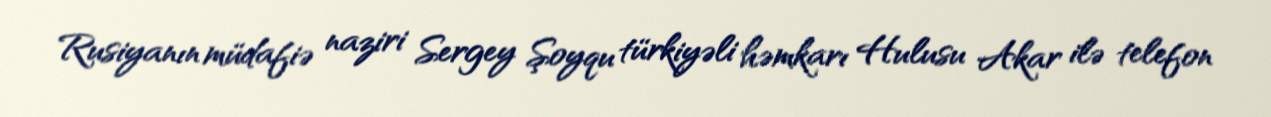
Rusiyanın müdafiə naziri Sergey Şoyqu türkiyəli həmkarı Hulusu Akar ilə telefon